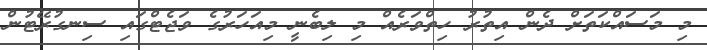
މި މަސައްކަތަށް ދެން އިތުރު ހިތްވަރެއް މި ލިބެނީ މިއަހަރުގެ ވަޖެޓްގައި ސިނގުރޭޓުން